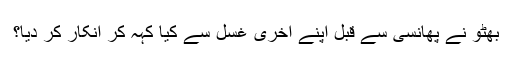
بھٹو نے پھانسی سے قبل اپنے آخری غسل سے کیا کہہ کر انکار کر دیا؟